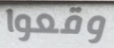
وقعوا